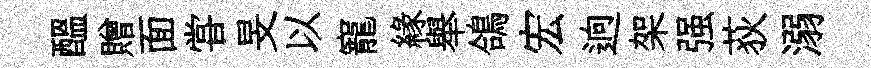
醖贈面甞旻以寵緣舉鴿宏逈架强荻溺